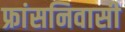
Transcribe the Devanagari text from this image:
फ्रांसनिवासी